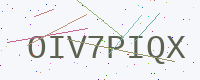
Text: OIV7PIQX